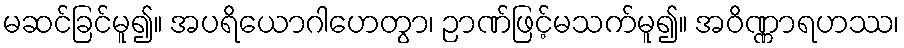
မဆင်ခြင်မူ၍။ အပရိယောဂါဟေတွာ၊ ဉာဏ်ဖြင့်မသက်မူ၍။ အဝိဏ္ဏာရဟဿ၊